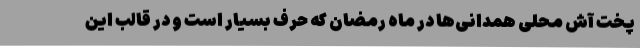
پخت آش محلی همدانی‌ها در ماه رمضان که حرف بسیار است و در قالب این